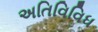
અતિવિવિધ